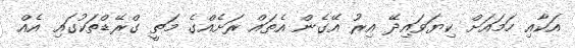
އަކާއި ހަމައަށް ކިޔަވައިދޭ އިރު އޭގެން އެތައް ރަށެއްގެ މަތީ ގްރޭޑްތަކުގައި އެއް